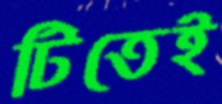
টিতেই